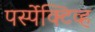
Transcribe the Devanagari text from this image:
पर्स्पेक्टिव्ह